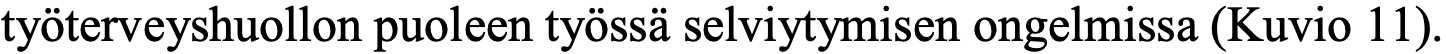
työterveyshuollon puoleen työssä selviytymisen ongelmissa (Kuvio 11).